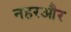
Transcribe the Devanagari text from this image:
नहरऔर